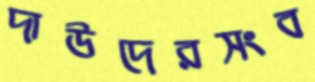
দাউদেরসংব